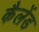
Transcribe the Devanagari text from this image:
कैलेंड